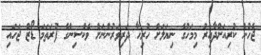
ޖެހުން ކުރިއަށްދާއިރު މިމަހުގެ ނިޔަލަށް ހުރިހާ ދަރިވަރުންނަށް ވެކްސިންގެ ފުރަތަމަ ޑޯޒް ޖަހައި